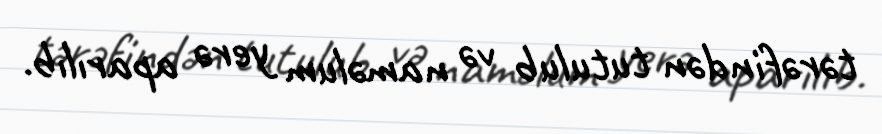
tərəfindən tutulub və naməlum yerə aparılıb.